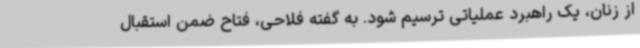
از زنان، یک راهبرد عملیاتی ترسیم شود. به گفته فلاحی، فتاح ضمن استقبال